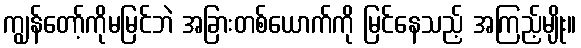
ကျွန်တော့်ကိုမမြင်ဘဲ အခြားတစ်ယောက်ကို မြင်နေသည့် အကြည့်မျိုး။